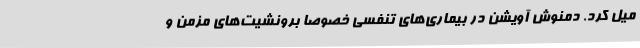
میل کرد. دمنوش آویشن در بیماری‌های تنفسی خصوصا برونشیت‌های مزمن و